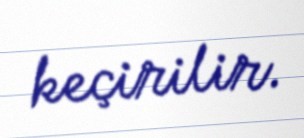
keçirilir.